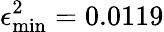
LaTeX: \epsilon_{\mathrm{min}}^{2}=0.0119